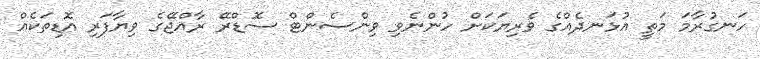
ހަނގުރާމަ މަތީ އުޅަނދެއްގެ ވެރިޔަކަށް ހުންނެވި ވިންސެންޓް ސޮޑްރޭ ރާއްޖޭގެ ވިޔާފަރި އޮޑިތަކެއް